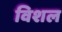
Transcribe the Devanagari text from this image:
विशल